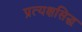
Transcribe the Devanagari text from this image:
प्रत्यक्षसिद्ध